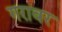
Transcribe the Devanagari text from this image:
गरावर